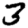
Digit: 3